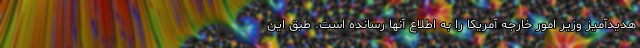
هدیدآمیز وزیر امور خارجه آمریکا را به اطلاع آنها رسانده است. طبق این